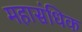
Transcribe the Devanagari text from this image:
महासंधिक